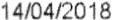
14/04/2018